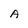
Character: A